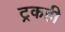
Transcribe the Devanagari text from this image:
ट्रकही